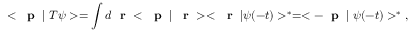
< \mathrm { ~ \bf ~ p ~ } \; | \; T \psi > = \int d \mathrm { ~ \bf ~ r ~ } < \mathrm { ~ \bf ~ p ~ } \; | \; \mathrm { ~ \bf ~ r ~ } > < \mathrm { ~ \bf ~ r ~ } \; | \psi ( - t ) > ^ { * } = < - \mathrm { ~ \bf ~ p ~ } \; | \; \psi ( - t ) > ^ { * } \; ,